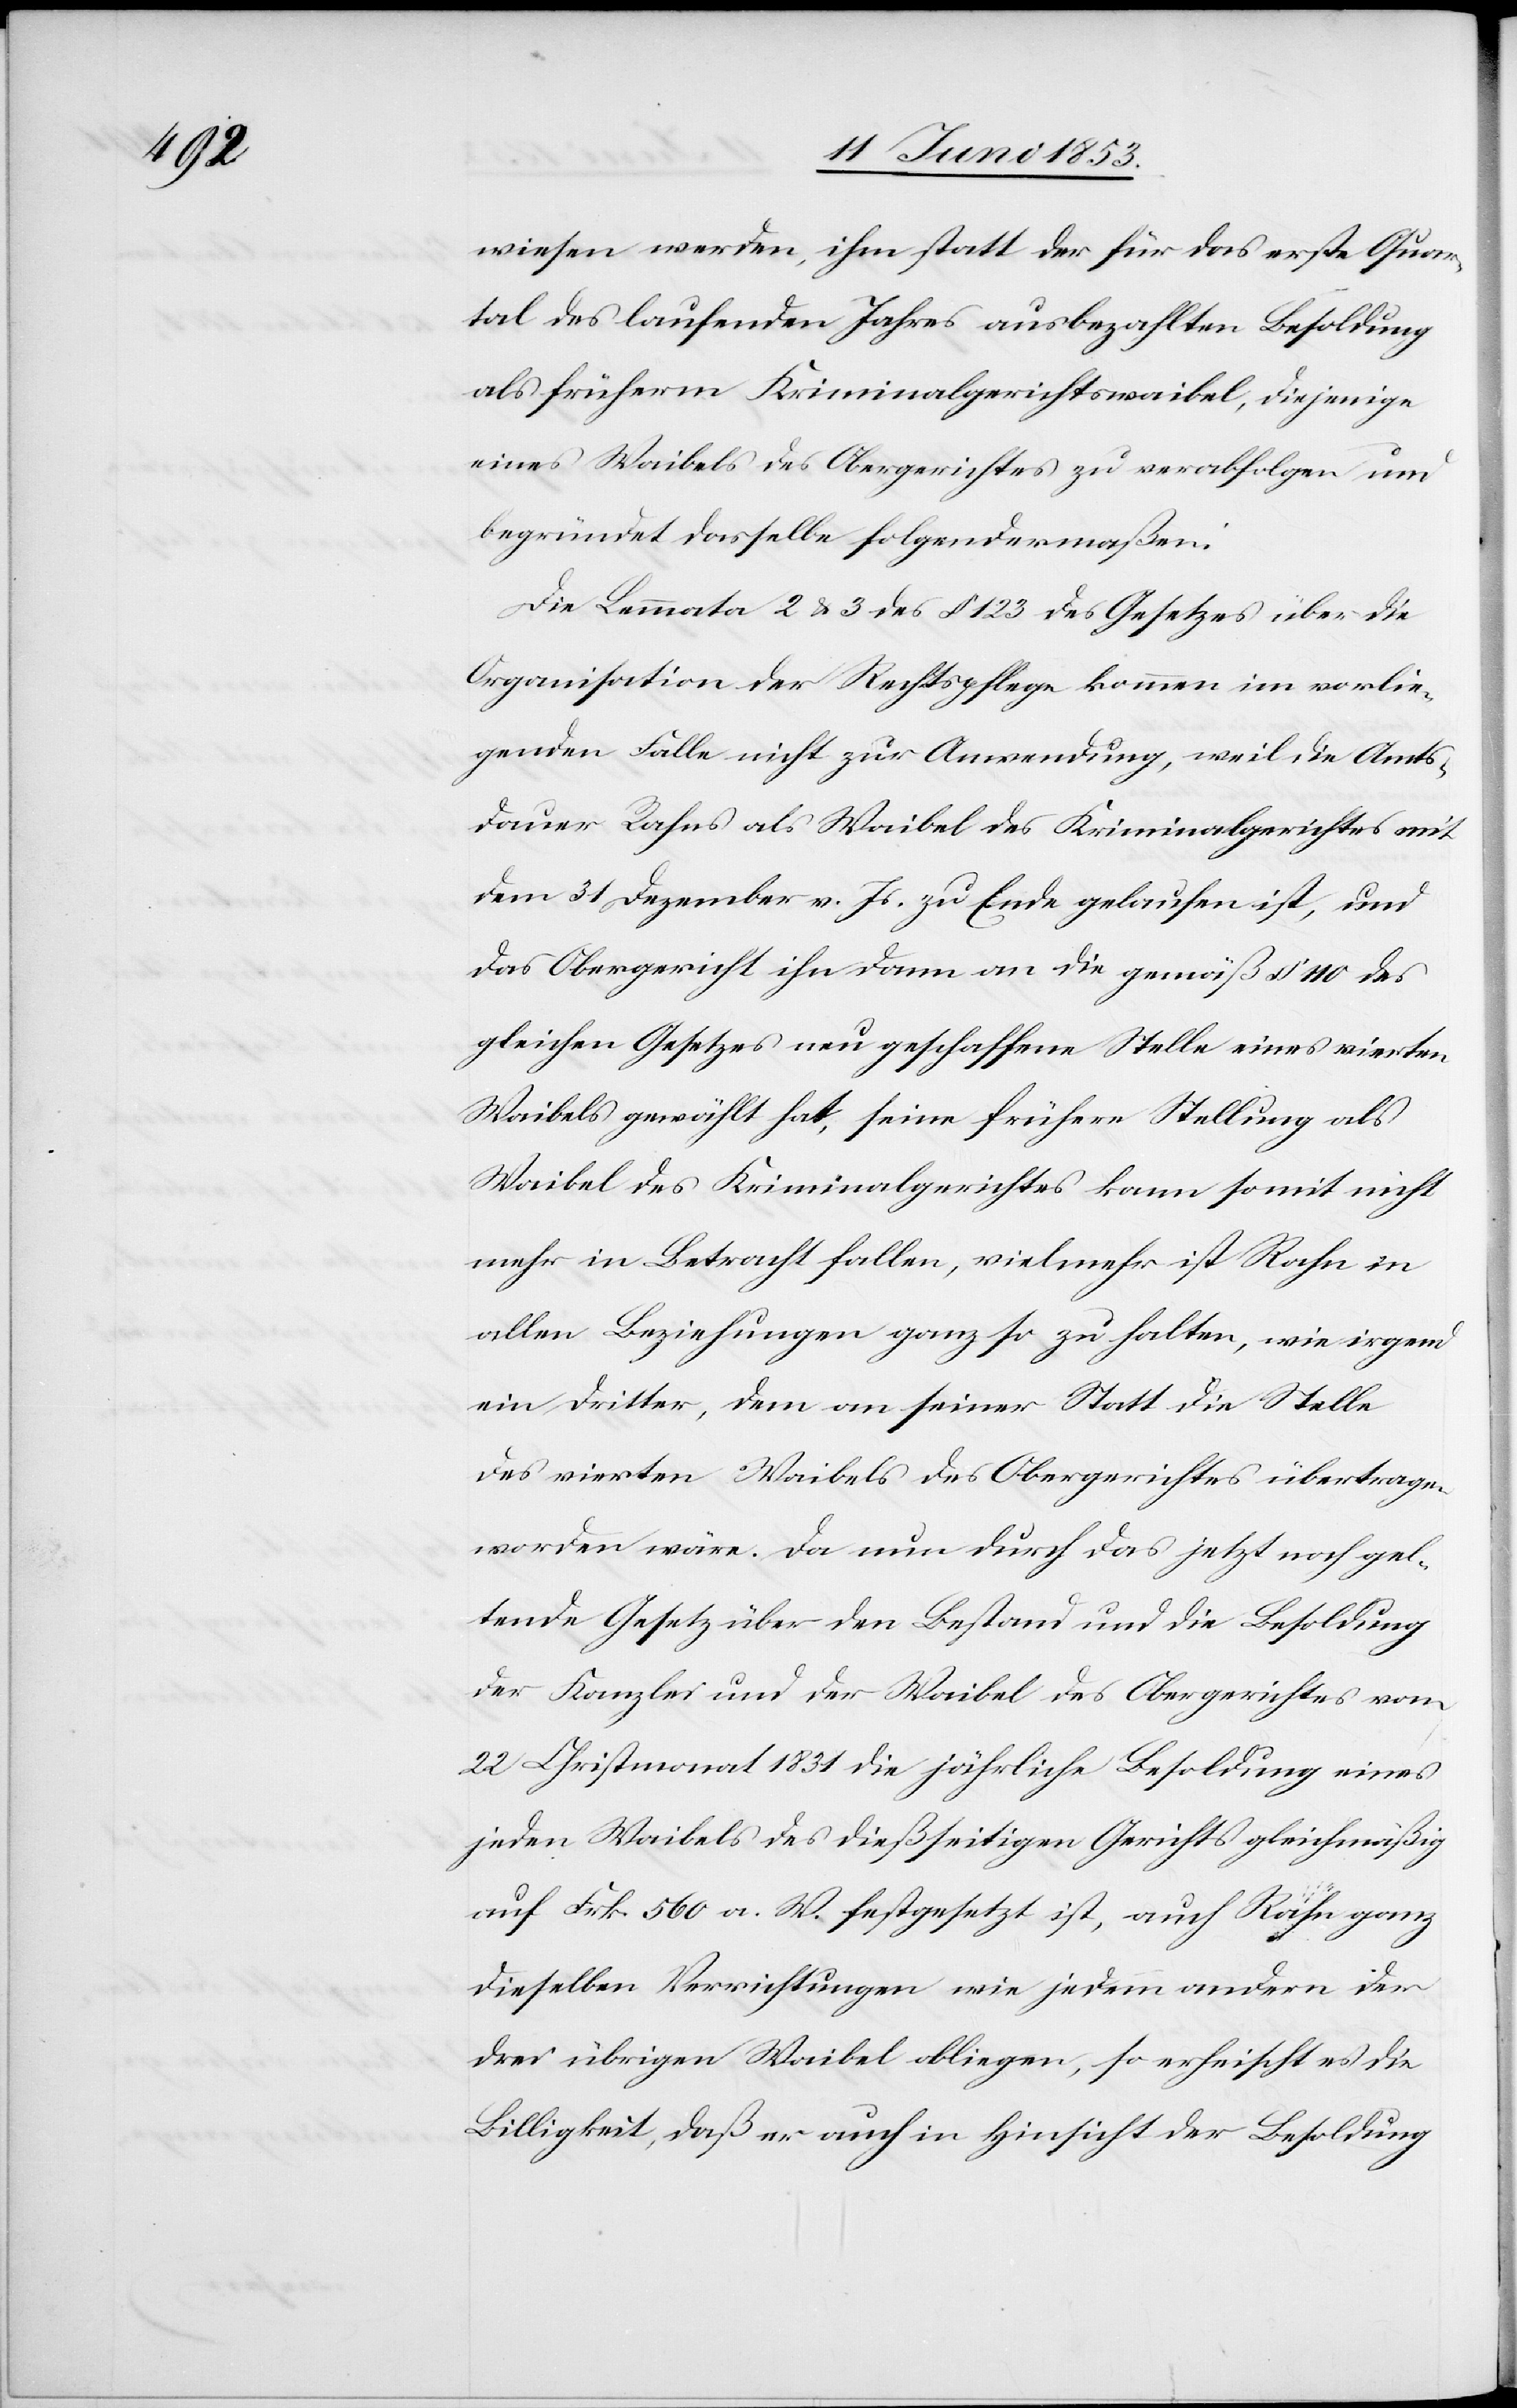
wiesen werden, ihm statt der für das erste Quar¬
tal des laufenden Jahres ausbezahlten Besoldung
als früherm Kriminalgerichtswaibel, diejenige
eines Waibels des Obergerichtes zu verabfolgen und
begründet dasselbe folgendermaßen:
Die Lemmata 2 u. 3 des § 123 des Gesetzes über die
Organisation der Rechtspflege kommen im vorlie¬
genden Falle nicht zur Anwendung, weil die Amts¬
dauer Rahns als Waibel des Kriminalgerichtes mit
dem 31 Dezember v. Js. zu Ende gelaufen ist, und
das Obergericht ihn dann an die gemäß § 110 des
gleichen Gesetzes neu geschaffene Stelle eines vierten
Waibels gewählt hat, seine frühere Stellung als
Waibel des Kriminalgerichtes kann somit nicht
mehr in Betracht fallen, vielmehr ist Rahn in
allen Beziehungen ganz so zu halten, wie irgend¬
ein dritter, dem an seiner Statt die Stelle
des vierten Waibels des Obergerichtes übertragen
worden wäre. [sic!] Da nun durch das jetzt noch gel¬
tende Gesetz über den Bestand und die Besoldung
der Kanzlei und der Waibel des Obergerichtes vom
22 Christmonat 1831 die jährliche Besoldung eines
jeden Waibels des dießseitigen Gerichts gleichmäßig
auf Frk. 560 a. W. festgesetzt ist, auch Rahn ganz
dieselben Verrichtungen wie jedem andern der
drei übrigen Waibel obliegen, so erheischt es die
Billigkeit, daß er auch in Hinsicht der Besoldung